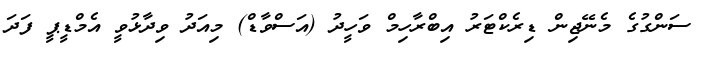
ސަންގުގެ މެނޭޖިން ޑިރެކްޓަރު އިބްރާހިމް ވަހީދު (އަސްވާޑް) މިއަދު ވިދާޅުވީ އެމްޑީޕީ ފަދަ